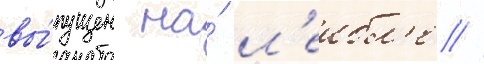
вы́пущен на́ л'еибл'е //